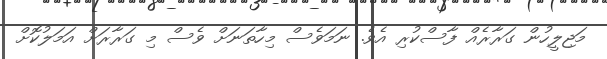
މަޖިލީހުން ގަރާރެއް ފާސްކުރި އެވެ. ނަމަވެސް މިހާތަނަށް ވެސް މި ގަރާރަށް އަމަލުކޮށް